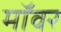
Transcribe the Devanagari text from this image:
मॉवर